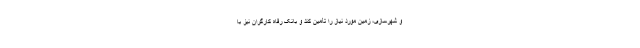
و شهرسازی، زمین مورد نیاز را تأمین کند و بانک رفاه کارگران نیز با